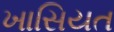
ખાસિયત